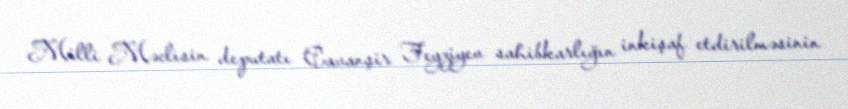
Milli Məclisin deputatı Cavanşir Feyziyev sahibkarlığın inkişaf etdirilməsinin